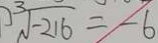
\sqrt [ 3 ] { - 2 1 6 } = - 6